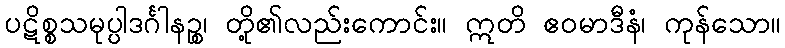
ပဋိစ္စသမုပ္ပါဒင်္ဂါနဉ္စ၊ တို့၏လည်းကောင်း။ ဣတိ ဧဝမာဒီနံ၊ ကုန်သော။